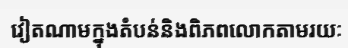
វៀតណាមក្នុងតំបន់និងពិភពលោកតាមរយៈ